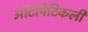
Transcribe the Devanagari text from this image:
ऑटोमेटिकली